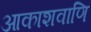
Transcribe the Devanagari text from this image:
आकाशवाणि